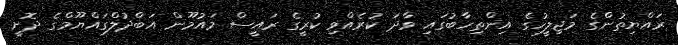
ރައްޔިތުންގެ މަޖިލީހުގެ އިންތިހާބުގައި ވާދަ ކުރެއްވި ކުރީގެ ރައީސް މައުމޫން އަބްދުލްގައްޔޫމްގެ ދޮށީ